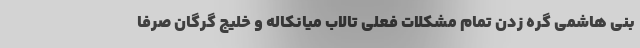
بنی هاشمی گره زدن تمام مشکلات فعلی تالاب میانکاله و خلیج گرگان صرفاً